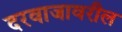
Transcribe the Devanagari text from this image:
दरवाजावरील